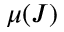
\mu ( J )